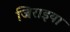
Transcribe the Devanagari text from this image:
जिराइया